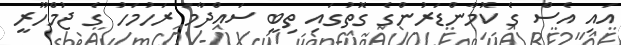
އައި އެސް ގެ ކޮމާންޑަރުންގެ ގޮތުގައި ތިބީ ސައްދާމަ ރަހުމަހު ގެ ޖުމްހޫރީ